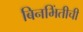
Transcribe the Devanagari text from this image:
बिनभिंतीची